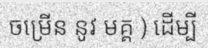
ចម្រើន នូវ មគ្គ ) ដើម្បី